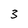
Character: 3